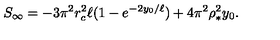
S _ { \infty } = - 3 \pi ^ { 2 } r _ { c } ^ { 2 } \ell ( 1 - e ^ { - 2 y _ { 0 } / \ell } ) + 4 \pi ^ { 2 } \rho _ { * } ^ { 2 } y _ { 0 } .